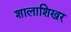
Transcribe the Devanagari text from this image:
शालाशिखर